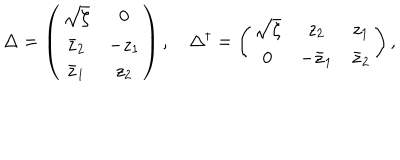
\Delta = \left( \begin{array} { c c } { { \sqrt { \zeta } } } & { { 0 } } \\ { { \bar { z } _ { 2 } } } & { { - z _ { 1 } } } \\ { { \bar { z } _ { 1 } } } & { { z _ { 2 } } } \\ \end{array} \right) , \quad \Delta ^ { \dagger } = \left( \begin{array} { c c c } { { \sqrt { \zeta } } } & { { z _ { 2 } } } & { { z _ { 1 } } } \\ { { 0 } } & { { - \bar { z } _ { 1 } } } & { { \bar { z } _ { 2 } } } \\ \end{array} \right) ,